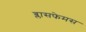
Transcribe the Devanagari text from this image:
ब्लासफेमस